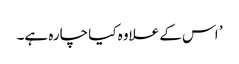
’ اس کے علاوہ کیا چارہ ہے۔